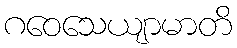
ဂဝေသေယျာမာတိ